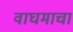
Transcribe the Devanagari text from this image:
वाघमाचा